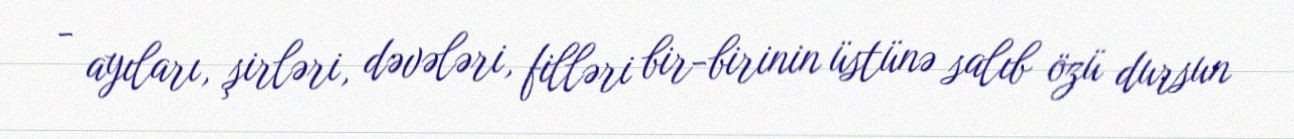
- ayıları, şirləri, dəvələri, filləri bir-birinin üstünə salıb özü dursun